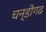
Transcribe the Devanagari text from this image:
चन्डीगढ